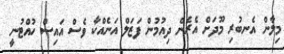
މިލާން އެނބުރި މޫދަށް އެރެން ދިއުމުން ފަޒަލް އަނެއްކާ ވެސް އައިސް ހުއްޓުނީ